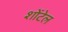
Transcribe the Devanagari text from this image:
शोंटेल